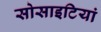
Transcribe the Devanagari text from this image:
सोसाइटियां